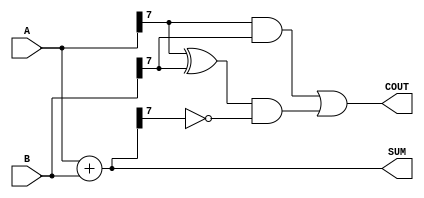
module Parameterized_Adder #(
    parameter WIDTH = 8 // Default width is 8 bits
)(
    input  [WIDTH-1:0] A,   // First operand
    input  [WIDTH-1:0] B,   // Second operand
    output [WIDTH-1:0] SUM,  // Sum output
    output COUT              // Carry out output
);

    // Continuous assignment for sum
    assign SUM = A + B;

    // Calculate carry-out (if the sum exceeds the maximum representable value)
    assign COUT = (A[WIDTH-1] & B[WIDTH-1]) | 
                  ((A[WIDTH-1] ^ B[WIDTH-1]) & ~SUM[WIDTH-1]);

endmodule